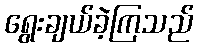
ရွေးချယ်ခဲ့ကြသည်